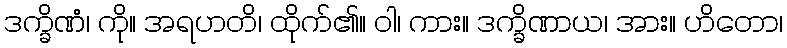
ဒက္ခိဏံ၊ ကို။ အရဟတိ၊ ထိုက်၏။ ဝါ၊ ကား။ ဒက္ခိဏာယ၊ အား။ ဟိတော၊